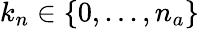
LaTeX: k_{n}\in\{ 0,...,n_{a}\}